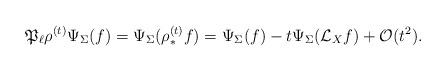
LaTeX: \begin{align*} \mathfrak{P}_{\ell} \rho^{(t)} \Psi_{\Sigma}(f) = \Psi_{\Sigma}(\rho^{(t)}_{*}f) = \Psi_{\Sigma}(f) - t \Psi_{\Sigma}(\mathcal{L}_X f) + \mathcal{O}(t^2). \end{align*}